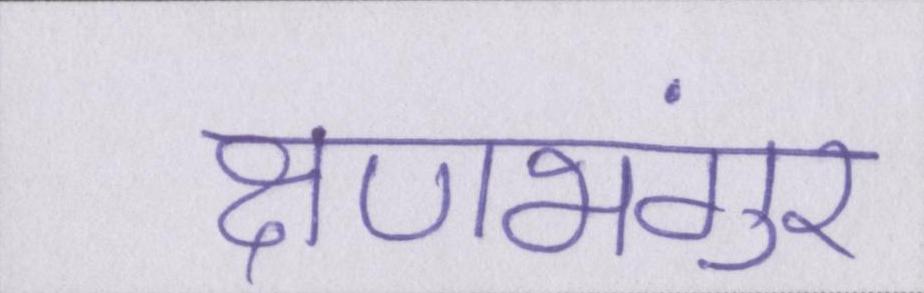
क्षणभंगुर